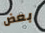
بعض